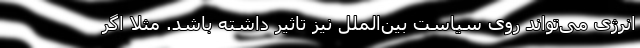
انرژی می‌تواند روی سیاست بین‌الملل نیز تاثیر داشته باشد. مثلا اگر